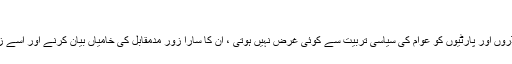
سیاسی تربیت کا نہ ہونا
جمہوری نظام میں سیاسی لیڈروں اور پارٹیوں کو عوام کی سیاسی تربیت سے کوئی غرض نہیں ہوتی ، ان کا سارا زور مدمقابل کی خامیاں بیان کرنے اور اسے زچ کرنے پر صرف ہوتا ہے۔